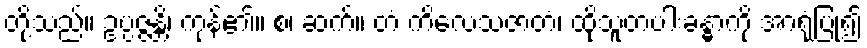
တို့သည်။ ဥပ္ပဇ္ဇန္တိ၊ ကုန်၏။ စ၊ ဆက်။ တံ ကိလေသဇာတံ၊ ထိုသူတပါးခန္ဓာကို အာရုံပြု၍